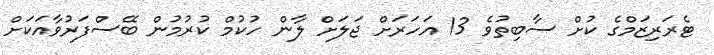
ޓެރަރިޒަމްގެ ކުށް ސާބިތުވެ 13 އަހަރަށް ޖަލަށް ލާން ހުކުމް ކުުރުމުން ބޭސްފަރުވާއަކަށް